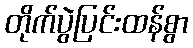
တိုက်ပွဲပြင်းထန်စွာ